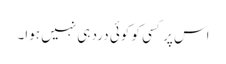
اس پر کسی کو کوئی درد ہی نہیں ہوا۔